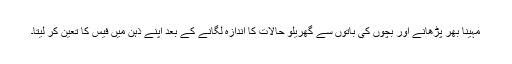
مہینا بھر پڑھانے اور بچوں کی باتوں سے گھریلو حالات کا اندازہ لگانے کے بعد اپنے ذہن میں فیس کا تعین کر لیتا۔